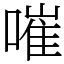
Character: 嗺